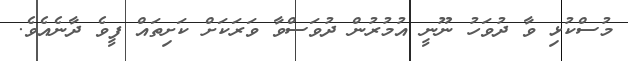
މުސްކުޅި ވާ ދުވަހު ނޫނީ އުމުރުން ދުވަސްވާ ވަރަކަށް ކަށިތައް ފީވެ ދާނެއެވެ.